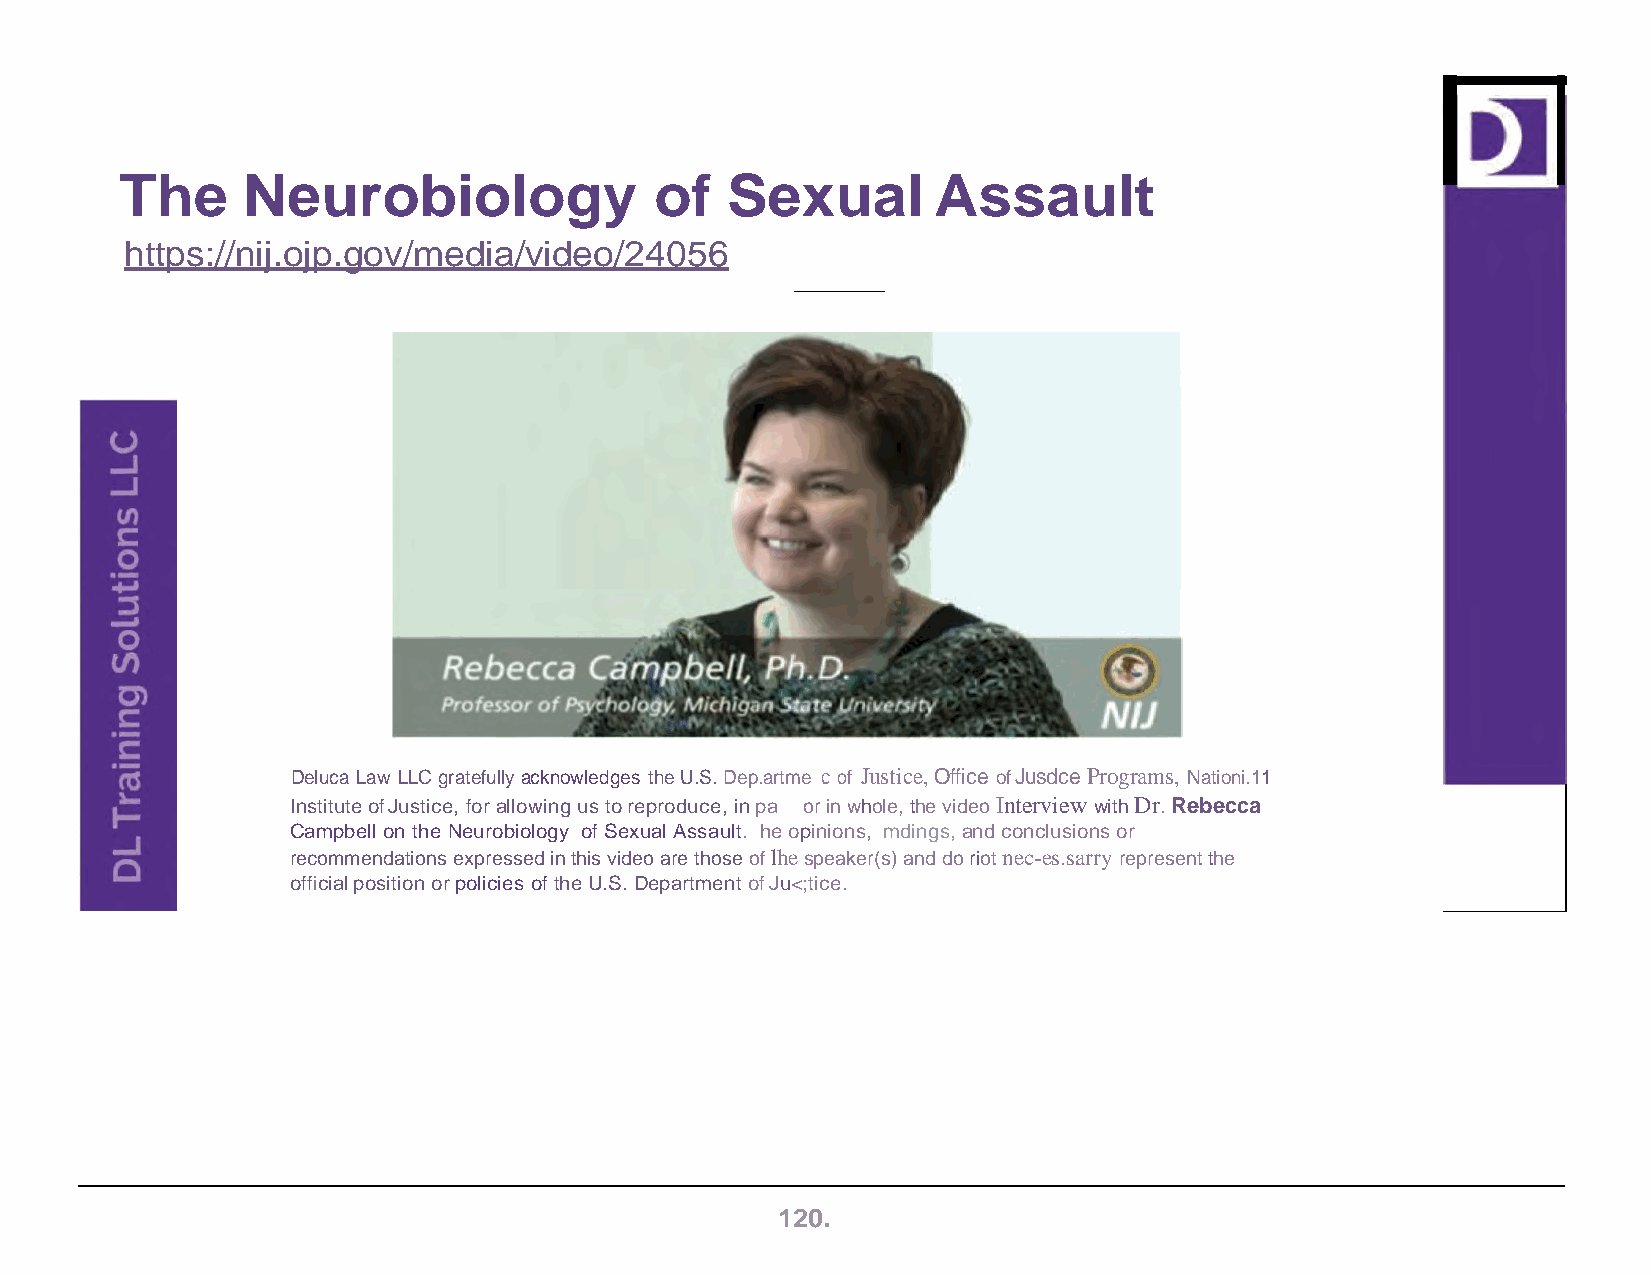
The     Neurobiology               of   Sexual        Assault
 https://nij.ojp.gov/media/video/24056
 Deluca Law LLC gratefully acknowledges the U.S. Dep.artme c of Justice, Office of Jusdce Programs, Nationi.11
 Institute of Justice, for allowing us to reproduce, in pa or in whole, the video Interview with Dr. Rebecca
 Campbell on the Neurobiology of Sexual Assault. he opinions, mdings, and conclusions or
 recommendations expressed in this video are those of lhe speaker(s) and do riot nec-es.sarry represent the
 official position or policies of the U.S. Department of Ju<;tice.
 120.